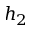
h _ { 2 }